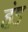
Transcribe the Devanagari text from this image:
हंड